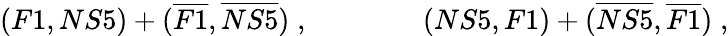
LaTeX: (F1,NS5)+(\overline{{{F1}}},\overline{{{NS5}}})\; ,\qquad\qquad(NS5,F1)+(\overline{{{NS5}}},\overline{{{F1}}})\; ,